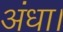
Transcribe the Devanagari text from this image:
अंधा।